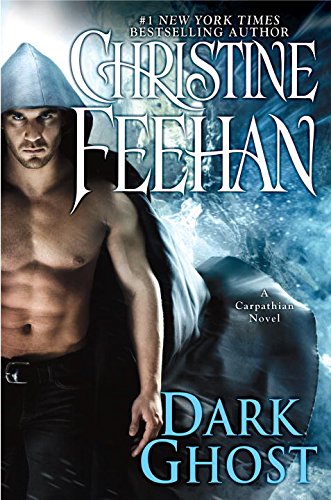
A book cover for Dark Ghost: A Carpathian Novel; Christine Feehan; Romance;